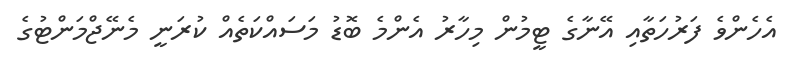
އެހެންވެ ފަރުހަތާއި އޭނާގެ ޓީމުން މިހާރު އެންމެ ބޮޑު މަސައްކަތެއް ކުރަނީ މެނޭޖްމަންޓުގެ